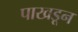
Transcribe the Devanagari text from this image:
पाखडून